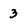
Character: 3